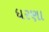
ધરણા